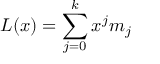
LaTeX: L ( x ) = \sum _ { j = 0 } ^ { k } x ^ { j } m _ { j }